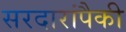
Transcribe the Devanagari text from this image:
सरदारांपैकी